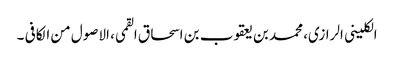
الکلینی الرازی، محمد بن یعقوب بن اسحاق القمی، الاصول من الکافی ۔